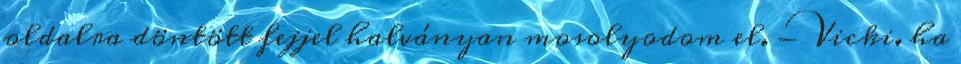
oldalra döntött fejjel halványan mosolyodom el. - Vicki. ha